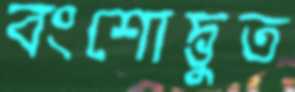
বংশোদ্ভুত